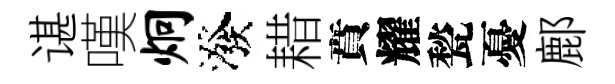
谌嘆炯潑耤賁耀甃憂鄜